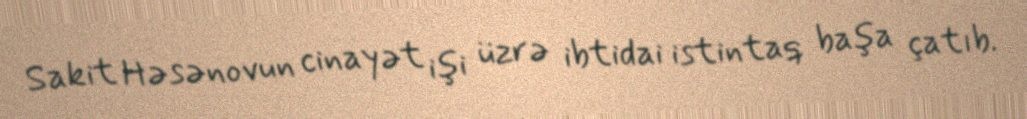
Sakit Həsənovun cinayət işi üzrə ibtidai istintaq başa çatıb.